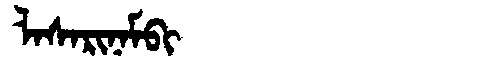
Manchu: ᠯᠠᠰᠠᡵᡳᠨᠠᠮᠪᡳ
Romanization: LASARINAMBI